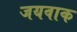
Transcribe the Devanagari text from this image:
जयवाक